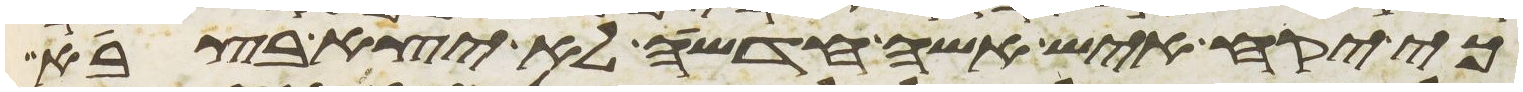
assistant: כי יקח איש אשה חדשה לא יצא בצבא